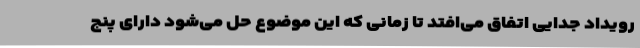
رویداد جدایی اتفاق می‌افتد تا زمانی که این موضوع حل می‌شود دارای پنج